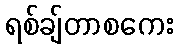
ရစ်ချ်တာစကေး